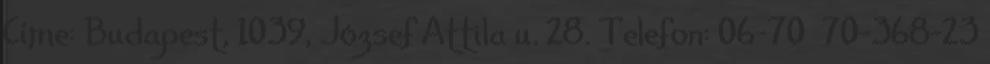
Címe: Budapest, 1039, József Attila u. 28. Telefon: 06-70 70-368-23